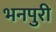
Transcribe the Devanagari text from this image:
भनपुरी